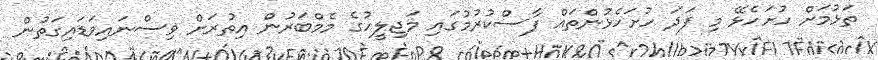
ތަޅުމަށް ހުށަހެޅޭ މި ފަދަ ހުށަހެޅުންތައް ފާސްކުރުމުގައި މަޖިލީހުގެ މެމްބަރުން އިތުރަށް ވިސްނައިވަޑައިގަތުން